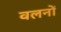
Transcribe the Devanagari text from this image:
वलनों